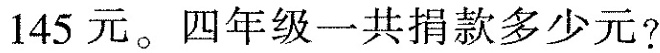
145元。四年级一共捐款多少元?